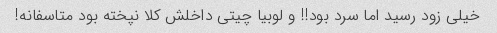
خیلی زود رسید اما سرد بود!! و لوبیا چیتی داخلش کلا نپخته بود متاسفانه!